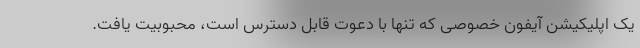
یک اپلیکیشن آیفون خصوصی که تنها با دعوت قابل دسترس است، محبوبیت یافت.